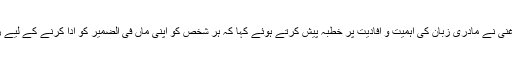
سینئر صحافی ڈاکٹر ریحان غنی نے مادری زبان کی اہمیت و افادیت پر خطبہ پیش کرتے ہوئے کہا کہ ہر شخص کو اپنی ماں فی الضمیر کو ادا کرنے کے لیے زبان کی ضرورت ہوتی ہے۔